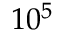
1 0 ^ { 5 }